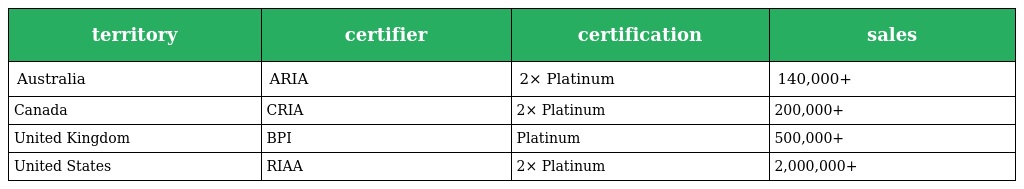
| territory | certifier | certification | sales |
 | --- | --- | --- | --- |
 | Australia | ARIA | 2× Platinum | 140,000+ |
 | Canada | CRIA | 2× Platinum | 200,000+ |
 | United Kingdom | BPI | Platinum | 500,000+ |
 | United States | RIAA | 2× Platinum | 2,000,000+ |